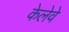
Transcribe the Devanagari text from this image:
केलेवे